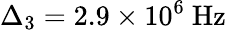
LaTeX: \Delta_{3}=2.9\times 10^{6}~\mathrm{Hz}